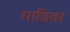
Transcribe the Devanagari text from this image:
गाडिवर